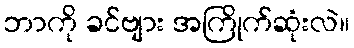
ဘာကို ခင်ဗျား အကြိုက်ဆုံးလဲ။